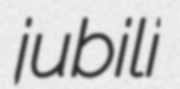
jubili